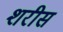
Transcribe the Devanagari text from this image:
शरीस